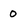
Character: 0